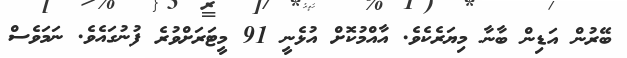
ބޭރުން އަޑިން ބާނާ މިޔަރެކެވެ. އާއްމުކޮށް އުޅެނީ 91 މީޓަރަށްވުރެ ފުނުގައެވެ. ނަމަވެސް